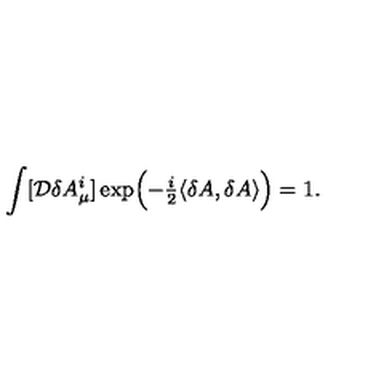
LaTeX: \int [ { \cal D } \delta A _ { \mu } ^ { i } ] \exp \Bigl ( - { \textstyle \frac { i } { 2 } } \langle \delta A , \delta A \rangle \Bigr ) = 1 .